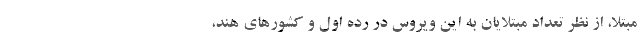
مبتلا، از نظر تعداد مبتلایان به این ویروس در رده اول و کشورهای هند،